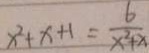
x ^ { 2 } + x + 1 = \frac { 6 } { x ^ { 2 } + x }